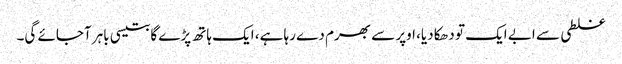
غلطی سے ابے ایک تو دھکا دیا، اوپر سے بھرم دے رہا ہے، ایک ہاتھ پڑے گا بتیسی باہر آجائے گی۔